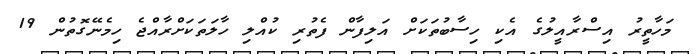
މަހާތީރު އިސްރާއީލުގެ އެކި ހިސާބުތަކަށް އަލިފާން ފެތުރި ކުއްލި ހާލަތަކަށްރާއްޖެ ހިމެނޭގޮތުން 19